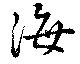
海